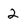
Character: 2